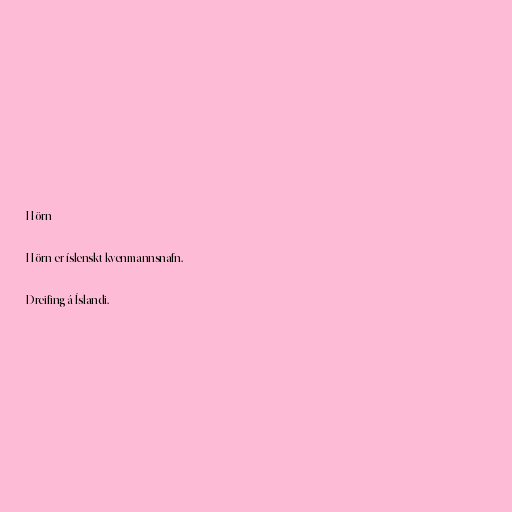
Hörn

Hörn er íslenskt kvenmannsnafn.

Dreifing á Íslandi.